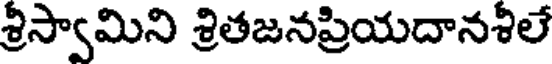
శ్రిస్వామిని శ్రితజనప్రియదానశిలే